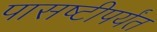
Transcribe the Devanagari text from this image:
पासष्टीपर्यंत